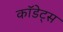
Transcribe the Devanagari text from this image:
कॉडेट्स